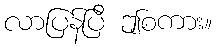
လာပြန်ပြီ ဤစကား။